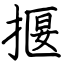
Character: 揠